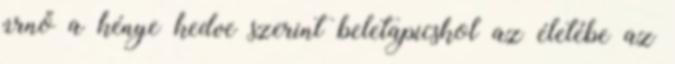
úrnő a kénye kedve szerint beletapicskol az életébe az